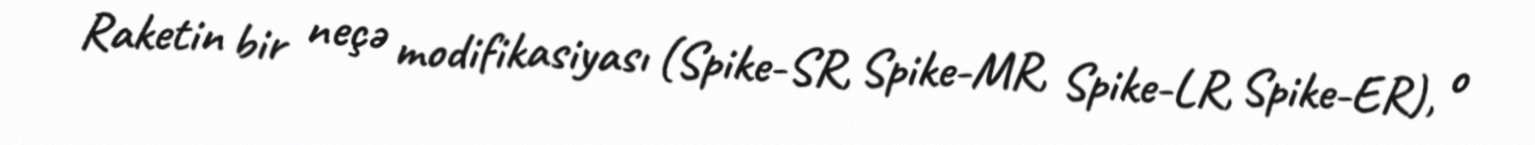
Raketin bir neçə modifikasiyası (Spike-SR, Spike-MR, Spike-LR, Spike-ER), o